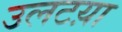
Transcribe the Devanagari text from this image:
उलटय़ा